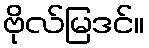
ဗိုလ်မြဒင်။